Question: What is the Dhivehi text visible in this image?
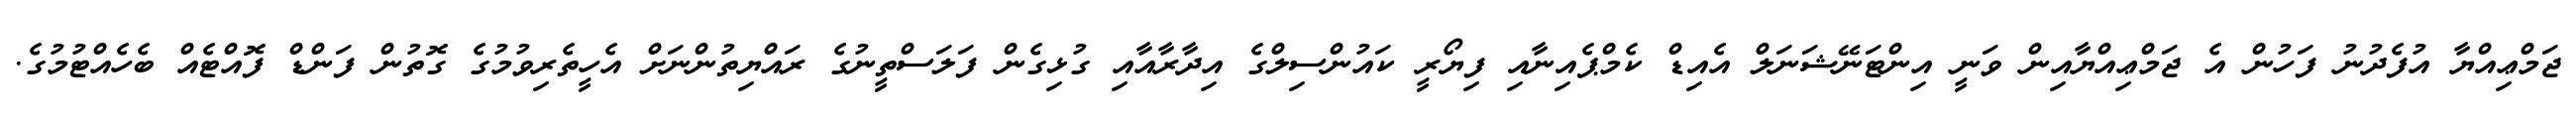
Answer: ޖަމްޢިއްޔާ އުފެދުނު ފަހުން އެ ޖަމްޢިއްޔާއިން ވަނީ އިންޓަނޭޝަނަލް އެއިޑް ކެމްޕެއިނާއި ފިޔޯރީ ކައުންސިލްގެ އިދާރާއާއި ގުޅިގެން ފަލަސްތީނުގެ ރައްޔިތުންނަށް އެހީތެރިވުމުގެ ގޮތުން ފަންޑް ފޮއްޓެއް ބެހެއްޓުމުގެ.